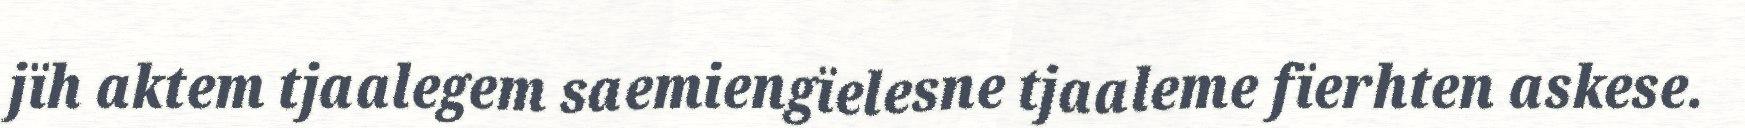
jïh aktem tjaalegem saemiengïelesne tjaaleme fïerhten askese.